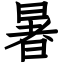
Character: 暑